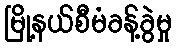
မြို့နယ်စီမံခန့်ခွဲမှု